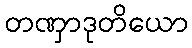
တဏှာဒုတိယော